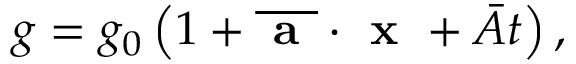
g = g _ { 0 } \left( 1 + \overline { { \textbf { a } } } \cdot \textbf { x } + \bar { A } t \right) ,